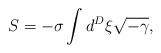
\begin{align*}S = - \sigma \int d^{D} \xi \sqrt{-\gamma},\end{align*}